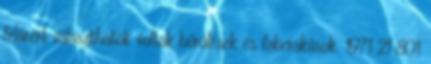
felárért választhatók voltak bőrülések és faberakások. 1971 21 801